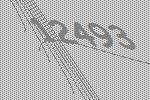
12493